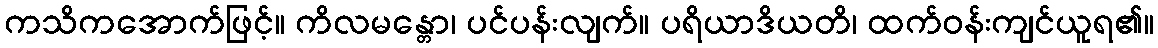
ကသိကအောက်ဖြင့်။ ကိလမန္တော၊ ပင်ပန်းလျက်။ ပရိယာဒိယတိ၊ ထက်ဝန်းကျင်ယူရ၏။